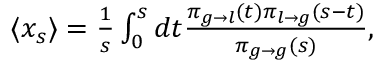
\begin{array} { r } { \langle x _ { s } \rangle = \frac { 1 } { s } \int _ { 0 } ^ { s } d t \frac { \pi _ { g \to l } ( t ) \pi _ { l \to g } ( s - t ) } { \pi _ { g \to g } ( s ) } , } \end{array}